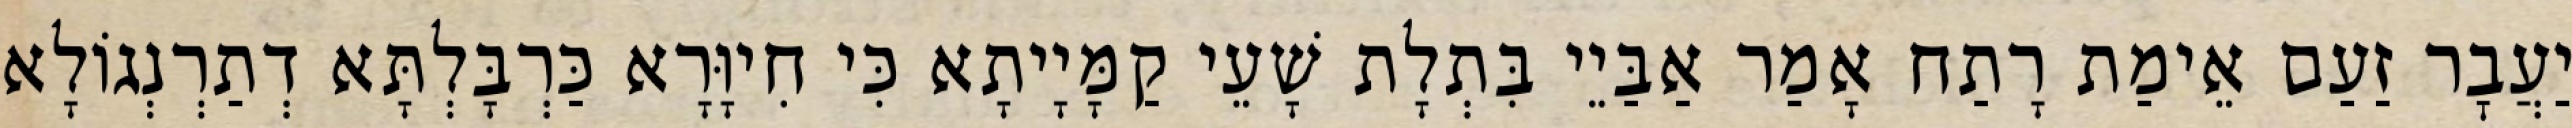
יַעֲבׇר זַעַם אֵימַת רָתַח אָמַר אַבַּיֵי בִּתְלָת שָׁעֵי קַמָּיָיתָא כִּי חִיוָּרָא כַּרְבָּלְתָּא דְתַרְנְגוֹלָא